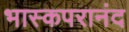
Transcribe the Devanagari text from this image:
भास्कपरानंद